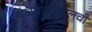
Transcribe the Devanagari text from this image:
चळवळीबद्दलची